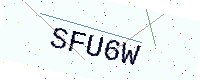
Text: SFU6W